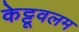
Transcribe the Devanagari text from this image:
केट्टूवलम